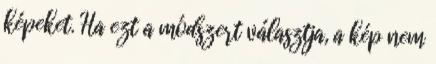
képeket. Ha ezt a módszert választja, a kép nem